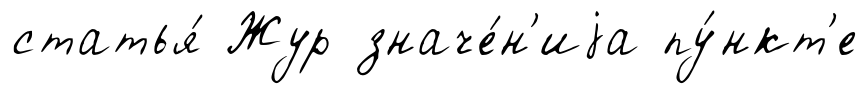
статья́ Жур значе́н'иjа пу́нкт'е